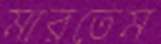
মারতেম